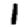
Digit: 1